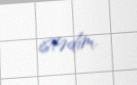
istədim.